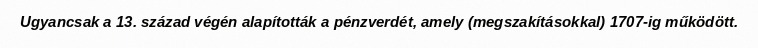
Ugyancsak a 13. század végén alapították a pénzverdét, amely (megszakításokkal) 1707-ig működött.